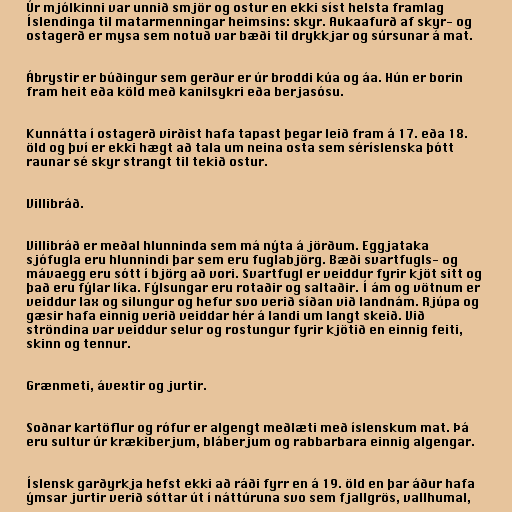
Úr mjólkinni var unnið smjör og ostur en ekki síst helsta framlag
Íslendinga til matarmenningar heimsins: skyr. Aukaafurð af skyr- og
ostagerð er mysa sem notuð var bæði til drykkjar og súrsunar á mat.

Ábrystir er búðingur sem gerður er úr broddi kúa og áa. Hún er borin
fram heit eða köld með kanilsykri eða berjasósu.

Kunnátta í ostagerð virðist hafa tapast þegar leið fram á 17. eða 18.
öld og því er ekki hægt að tala um neina osta sem séríslenska þótt
raunar sé skyr strangt til tekið ostur.

Villibráð.

Villibráð er meðal hlunninda sem má nýta á jörðum. Eggjataka
sjófugla eru hlunnindi þar sem eru fuglabjörg. Bæði svartfugls- og
mávaegg eru sótt í björg að vori. Svartfugl er veiddur fyrir kjöt sitt og
það eru fýlar líka. Fýlsungar eru rotaðir og saltaðir. Í ám og vötnum er
veiddur lax og silungur og hefur svo verið síðan við landnám. Rjúpa og
gæsir hafa einnig verið veiddar hér á landi um langt skeið. Við
ströndina var veiddur selur og rostungur fyrir kjötið en einnig feiti,
skinn og tennur.

Grænmeti, ávextir og jurtir.

Soðnar kartöflur og rófur er algengt meðlæti með íslenskum mat. Þá
eru sultur úr krækiberjum, bláberjum og rabbarbara einnig algengar.

Íslensk garðyrkja hefst ekki að ráði fyrr en á 19. öld en þar áður hafa
ýmsar jurtir verið sóttar út í náttúruna svo sem fjallgrös, vallhumal,